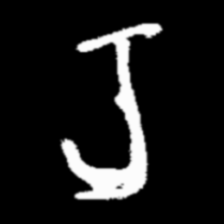
Pyu character \u2014 Myanmar letter: ရ (romanized: ra)